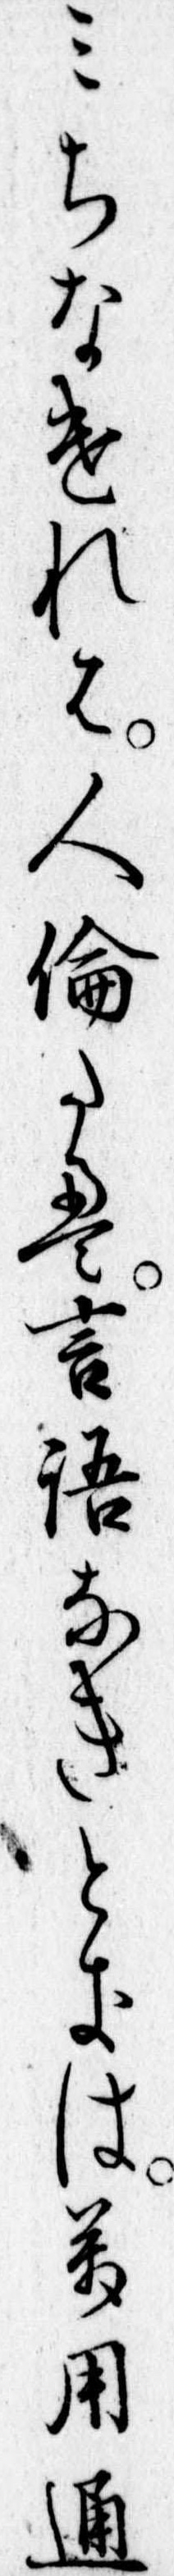
みちなけれは人倫たえ言語なきときは万用通